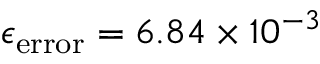
\epsilon _ { \mathrm { e r r o r } } = 6 . 8 4 \times 1 0 ^ { - 3 }